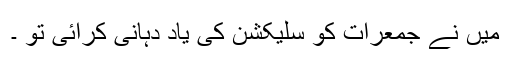
میں نے جمعرات کو سلیکشن کی یاد دہانی کرائی تو ۔